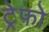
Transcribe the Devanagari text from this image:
ट्रेफो